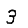
Digit: 3